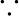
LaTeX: \because